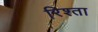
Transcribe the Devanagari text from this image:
रिश्‍ता